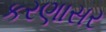
કરણાસર